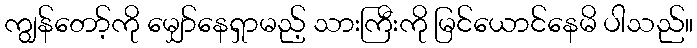
ကျွန်တော့်ကို မျှော်နေရှာမည့် သားကြီးကို မြင်ယောင်နေမိ ပါသည်။